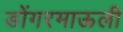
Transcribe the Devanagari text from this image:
डोंगरमाऊली